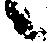
候